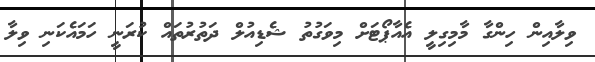
ވިލާއިން ހިންގާ މާމިގިލީ އެއާޕޯޓަށް މިވަގުތު ޝެޑިއުލް ދަތުރުތައް ކުރަނީ ހަމައެކަނި ވިލާ